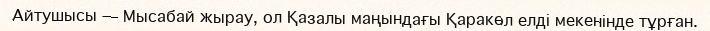
Айтушысы — Мысабай жырау, ол Қазалы маңындағы Қаракөл елді мекенінде тұрған.